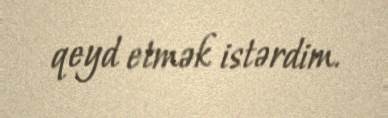
qeyd etmək istərdim.